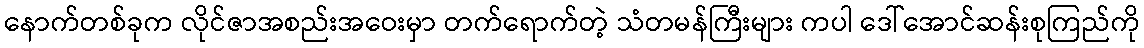
နောက်တစ်ခုက လိုင်ဇာအစည်းအဝေးမှာ တက်ရောက်တဲ့ သံတမန်ကြီးများ ကပါ ဒေါ်အောင်ဆန်းစုကြည်ကို